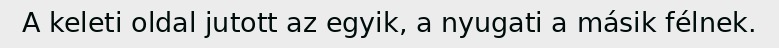
A keleti oldal jutott az egyik, a nyugati a másik félnek.